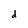
Character: d